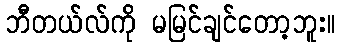
ဘီတယ်လ်ကို မမြင်ချင်တော့ဘူး။